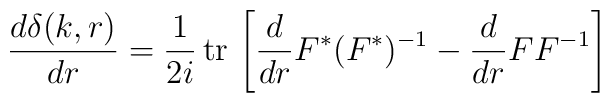
\frac{d\delta(k,r)}{dr}    =\frac{1}{2i}\, {\rm tr}\,    \left[\frac{d}{dr}F^{*}(F^*)^{-1}    -\frac{d}{dr}FF^{-1}\right]\,